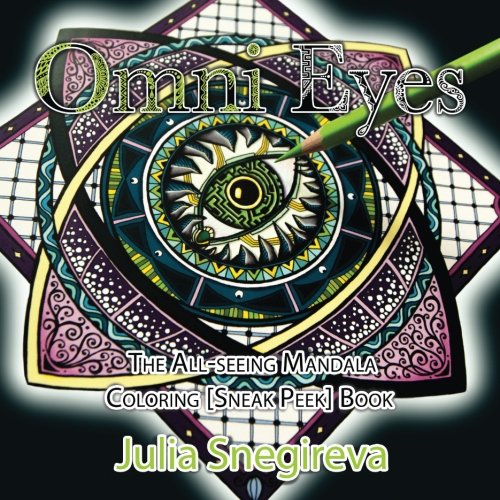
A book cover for Omni Eyes: The All-seeing Mandala Coloring [Sneak Peek] Book; Gutter Margin; Humor & Entertainment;